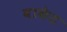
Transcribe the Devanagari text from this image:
वाकेड